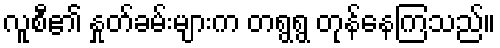
လူစီ၏ နှုတ်ခမ်းများက တရွရွ တုန်နေကြသည်။